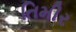
તિમીર